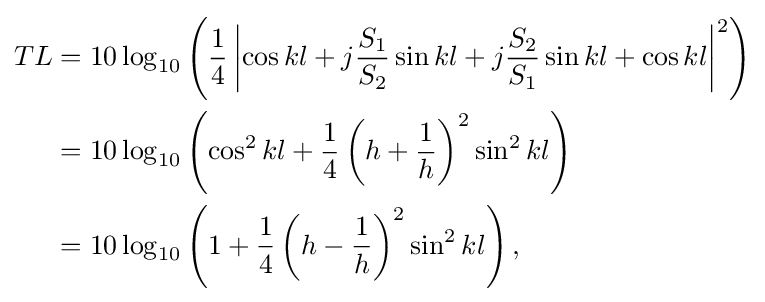
{\begin{aligned}TL&=10\log _{10}\left({{1 \over 4}\left\vert {{\cos kl}+{j{S_{1} \over S_{2}}\sin kl}+{j{S_{2} \over S_{1}}\sin kl}+{\cos kl}}\right\vert ^{2}}\right)\\&=10\log _{10}\left({{\cos ^{2}kl}+{1 \over 4}\left(h+{1 \over h}\right)^{2}{\sin ^{2}kl}}\right)\\&=10\log _{10}\left({1+{1 \over 4}\left(h-{1 \over h}\right)^{2}{\sin ^{2}kl}}\right),\end{aligned}}